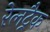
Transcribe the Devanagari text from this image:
रेलट्रैक